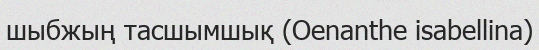
шыбжың тасшымшық (Oenanthe isabellina)